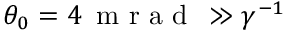
\theta _ { 0 } = 4 \, \mathrm { ~ m ~ r ~ a ~ d ~ } \, \gg \gamma ^ { - 1 }